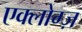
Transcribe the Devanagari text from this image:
एक्लोग्ज़